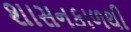
શાસનકાળથી